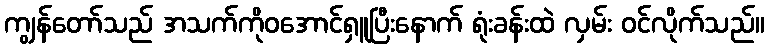
ကျွန်တော်သည် အသက်ကိုဝအောင်ရှူပြီးနောက် ရုံးခန်းထဲ လှမ်း ဝင်လိုက်သည်။